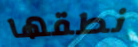
نطقها